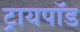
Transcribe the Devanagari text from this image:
ट्रायपाॅड